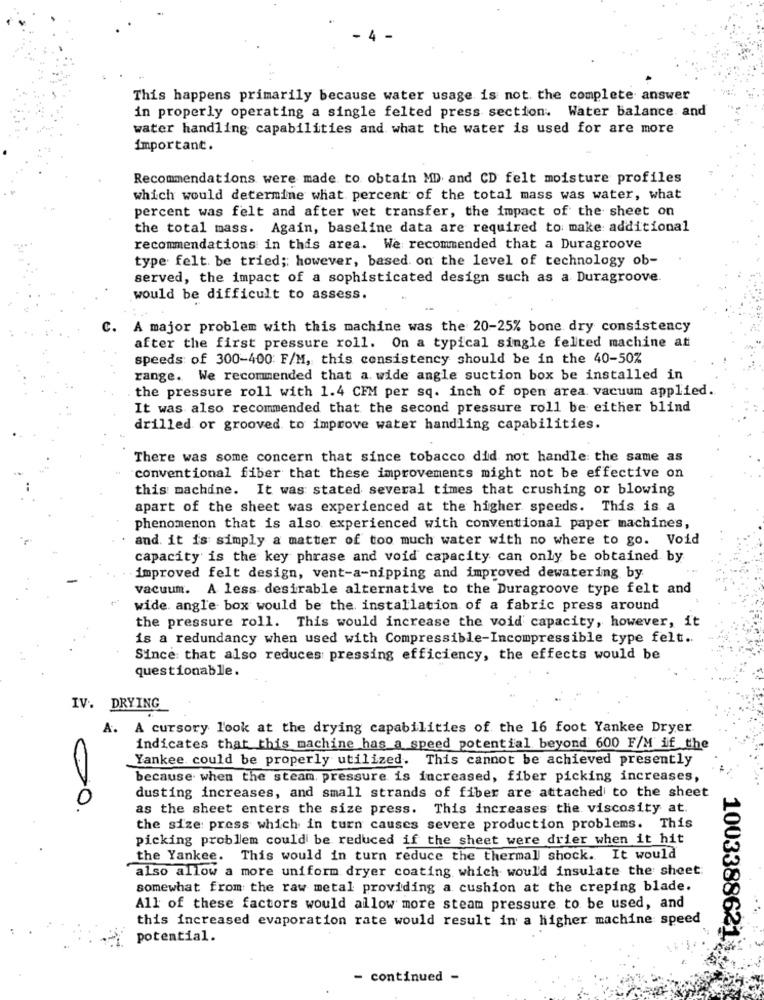
This happens primarily because water usage is not the complete answer
in properly operating a single felted press section. Water balance and
water handling capabilities and what the water is used for are more
important.
Recommendations were made to obtain MD and CD felt moisture profiles
which would determine what percent of the total mass was water, what
percent was felt and after wet transfer, the impact of the sheet on
the total mass. Again, baseline data are required to make additional
recommendations in this area. We recommended that a Duragroove
type felt be tried ;; however, based on the level of technology ob-
served, the impact of a sophisticated design such as a Duragroove.
would be difficult to assess.
C. A major problem with this machine was the 20-25% bone dry consistency
after the first pressure roll. On a typical single felted machine at
speeds of 300-400 F/M, this consistency should be in the 40-50%
range. We recommended that a. wide angle suction box be installed in
the pressure roll with 1.4 CFM per sq. inch of open area. vacuum applied ..
It was also recommended that the second pressure roll be either blind
drilled or grooved to improve water handling capabilities.
There was some concern that since tobacco did not handle: the same as
conventional fiber that these improvements might not be effective on
this machine. It was stated several times that crushing or blowing
apart of the sheet was experienced at the higher speeds. This is a
phenomenon that is also experienced with conventional paper machines,
and. it is simply a matter of too much water with no where to go. Void
capacity is the key phrase and void capacity can only be obtained by
improved felt design, vent-a-nipping and improved dewatering by
vacuum. A less desirable alternative to the Duragroove type felt and
wide angle box would be the installation of a fabric press around
the pressure roll. This would increase the void capacity, however, it
is a redundancy when used with Compressible-Incompressible type felt ..
Since that also reduces pressing efficiency, the effects would be
questionable.
IV. DRYING
A. A cursory look at the drying capabilities of the 16 foot Yankee Dryer
indicates that this machine has a speed potential beyond 600 F/M if the
Yankee could be properly utilized. This cannot be achieved presently
because when the steam. pressure is increased, fiber picking increases,
0
dusting increases, and small strands of fiber are attached to the sheet
as the sheet enters the size press. This increases the viscosity at.
the size: press which in turn causes severe production problems. This
picking problem could be reduced if the sheet were drier when it hit
the Yankee. This would in turn reduce the thermal shock. It would
also allow a more uniform dryer coating which would insulate the sheet
somewhat from the raw metal providing a cushion at the creping blade.
All of these factors would allow more steam pressure to be used, and
this increased evaporation rate would result in a higher machine speed
potential.
1003388621
- continued -